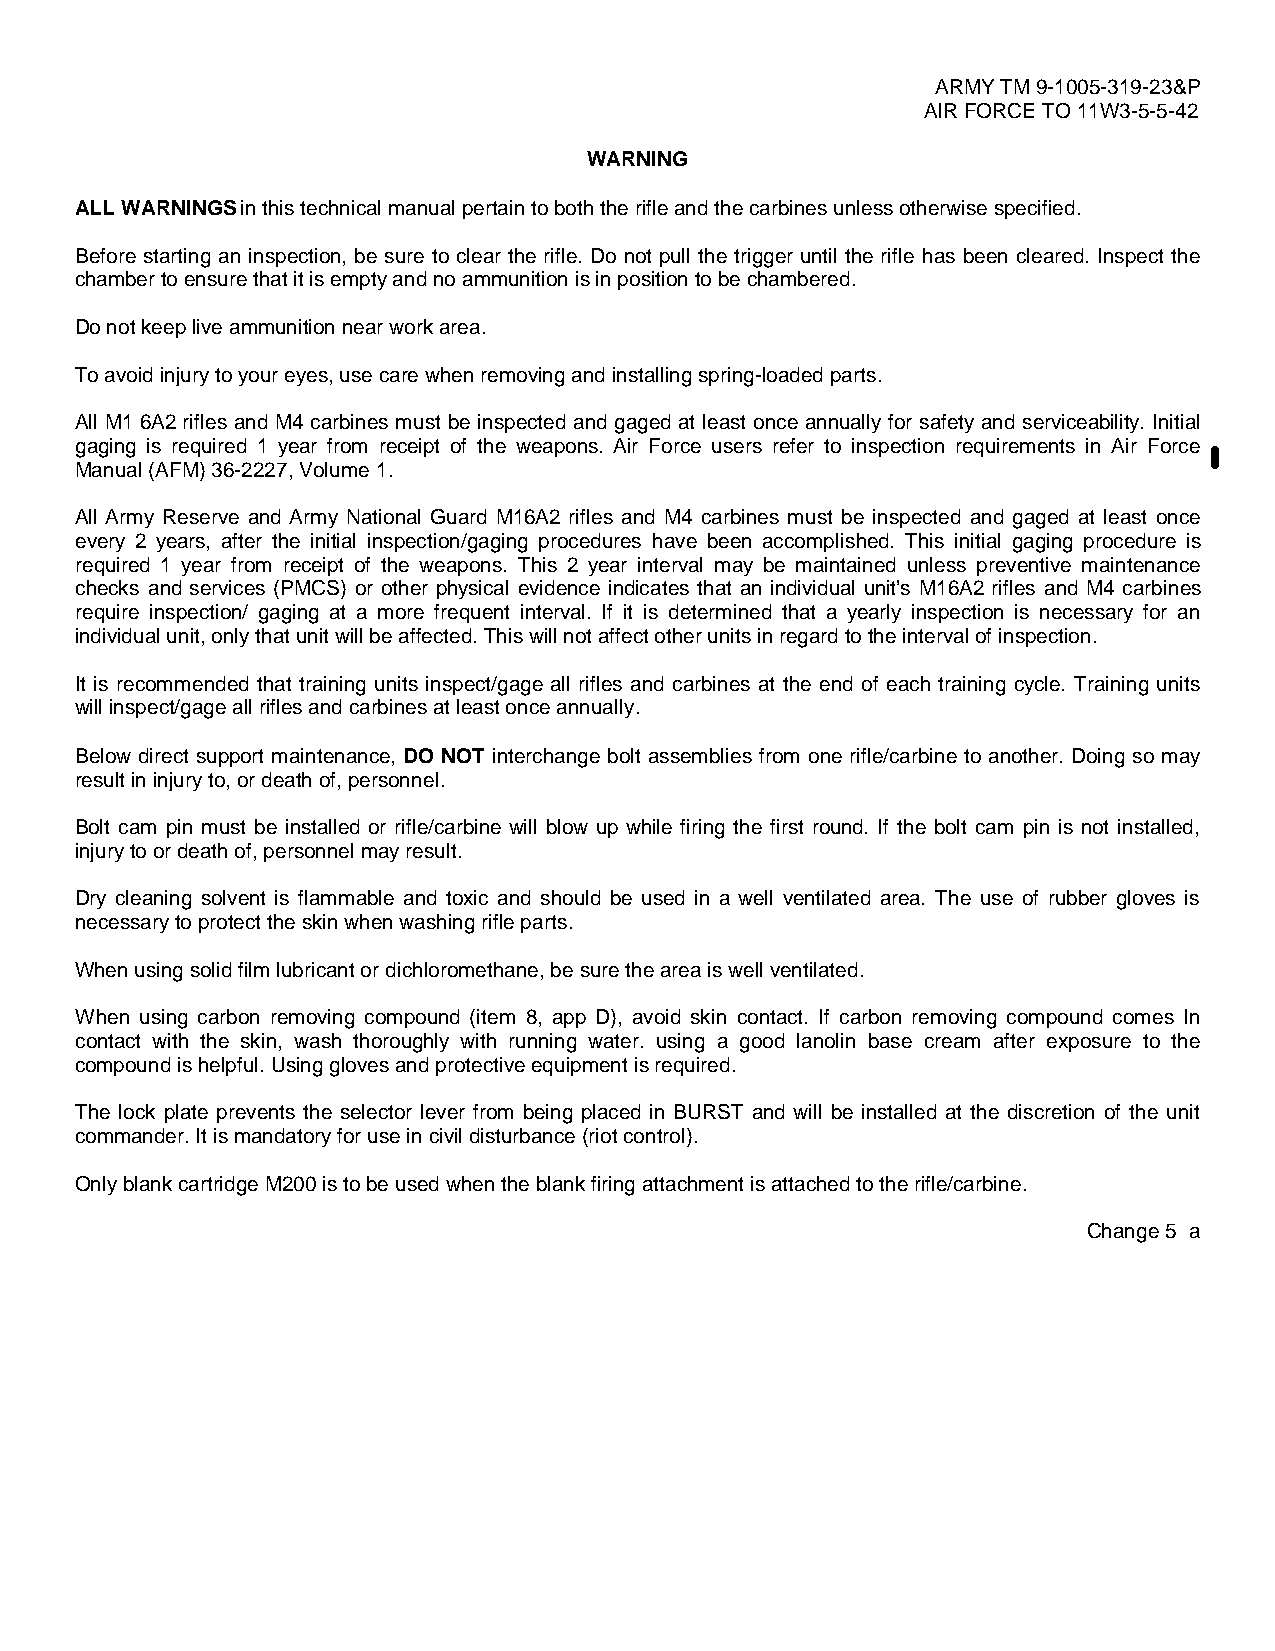
ARMY TM 9-1005-319-23&P
 AIR FORCE TO 11W3-5-5-42
 WARNING
 ALL WARNINGS in this technical manual pertain to both the rifle and the carbines unless otherwise specified.
 Before starting an inspection, be sure to clear the rifle. Do not pull the trigger until the rifle has been cleared. Inspect the
 chamber to ensure that it is empty and no ammunition is in position to be chambered.
 Do not keep live ammunition near work area.
 To avoid injury to your eyes, use care when removing and installing spring-loaded parts.
 All M1 6A2 rifles and M4 carbines must be inspected and gaged at least once annually for safety and serviceability. Initial
 gaging is required 1 year from receipt of the weapons. Air Force users refer to inspection requirements in Air Force
 Manual (AFM) 36-2227, Volume 1.
 All Army Reserve and Army National Guard M16A2 rifles and M4 carbines must be inspected and gaged at least once
 every 2 years, after the initial inspection/gaging procedures have been accomplished. This initial gaging procedure is
 required 1 year from receipt of the weapons. This 2 year interval may be maintained unless preventive maintenance
 checks and services (PMCS) or other physical evidence indicates that an individual unit’s M16A2 rifles and M4 carbines
 require inspection/ gaging at a more frequent interval. If it is determined that a yearly inspection is necessary for an
 individual unit, only that unit will be affected. This will not affect other units in regard to the interval of inspection.
 It is recommended that training units inspect/gage all rifles and carbines at the end of each training cycle. Training units
 will inspect/gage all rifles and carbines at least once annually.
 Below direct support maintenance, DO NOT interchange bolt assemblies from one rifle/carbine to another. Doing so may
 result in injury to, or death of, personnel.
 Bolt cam pin must be installed or rifle/carbine will blow up while firing the first round. If the bolt cam pin is not installed,
 injury to or death of, personnel may result.
 Dry cleaning solvent is flammable and toxic and should be used in a well ventilated area. The use of rubber gloves is
 necessary to protect the skin when washing rifle parts.
 When using solid film lubricant or dichloromethane, be sure the area is well ventilated.
 When using carbon removing compound (item 8, app D), avoid skin contact. If carbon removing compound comes In
 contact with the skin, wash thoroughly with running water. using a good lanolin base cream after exposure to the
 compound is helpful. Using gloves and protective equipment is required.
 The lock plate prevents the selector lever from being placed in BURST and will be installed at the discretion of the unit
 commander. It is mandatory for use in civil disturbance (riot control).
 Only blank cartridge M200 is to be used when the blank firing attachment is attached to the rifle/carbine.
 Change 5 a